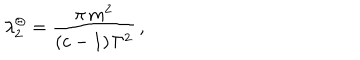
\lambda _ { 2 } ^ { \Theta } = \frac { \pi \, m ^ { 2 } } { ( c - 1 ) \, \Gamma ^ { 2 } } \, ,